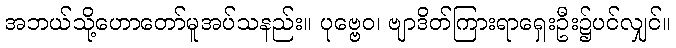
အဘယ်သို့ဟောတော်မူအပ်သနည်း။ ပုဗ္ဗေဝ၊ ဗျာဒိတ်ကြားရာရှေးဦး၌ပင်လျှင်။